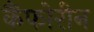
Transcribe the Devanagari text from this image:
कैंफोरीन